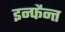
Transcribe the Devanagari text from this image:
इन्फैन्त